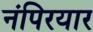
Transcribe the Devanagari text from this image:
नंपिरयार